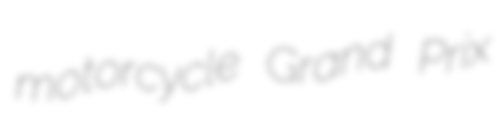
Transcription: motorcycle Grand Prix